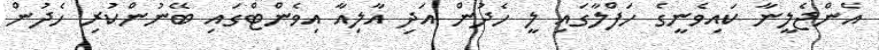
އެންޖެލީނާ ކައިވެނީގެ ހަފްލާގައި ލީ ހެދުން އަދި އާލިއާ އިވެންޓްގައި ބޭނުންކުރި ހެދުން